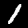
Label: 1